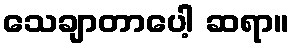
သေချာတာပေါ့ ဆရာ။